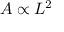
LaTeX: A \propto L ^ { 2 }